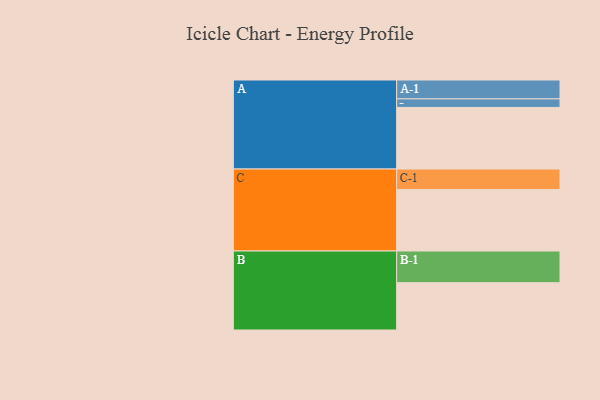
{"axis": {"x": "Segment", "y": "Value"}, "legend": ["", "A", "B", "C"], "data": [{"x": "A", "y": 496, "type": ""}, {"x": "B", "y": 381, "type": ""}, {"x": "C", "y": 495, "type": ""}, {"x": "A-1", "y": 152, "type": "A"}, {"x": "A-2", "y": 69, "type": "A"}, {"x": "B-1", "y": 255, "type": "B"}, {"x": "C-1", "y": 165, "type": "C"}]}